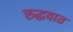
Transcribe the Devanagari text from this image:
रुद्धवात